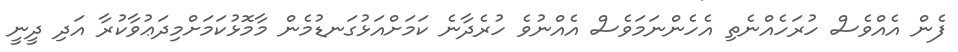
ފެން އެއްވެސް ހުރަހެއްނެތި އެހެންނަމަވެސް އެއްނުވެ ހުރެދާނެ ކަމަށްއަޅުގަނޑުމެން މާމޮޅުކަމަށްމިދަޢުވާކުރާ އަދި ދީނީ